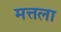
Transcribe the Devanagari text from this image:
मत्तला